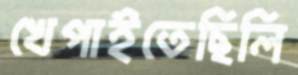
খেপাইতেছিলি